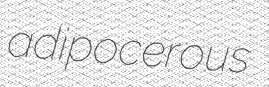
adipocerous